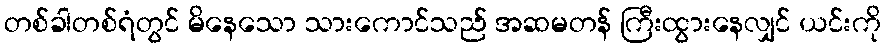
တစ်ခါတစ်ရံတွင် မိနေသော သားကောင်သည် အဆမတန် ကြီးထွားနေလျှင် ယင်းကို